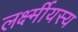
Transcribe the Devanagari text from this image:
लर्क्ष्मीयस्य